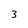
Character: 3